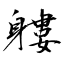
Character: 軁